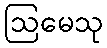
ဩမေသု